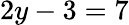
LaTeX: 2y-3=7